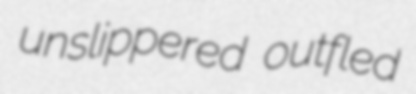
unslippered outfled